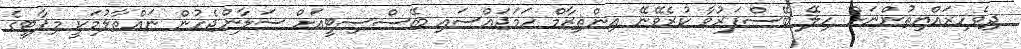
ދިވެހިރައްޔިތުންނަށް ހިލޭ ބޭސްފަރުވާ ކުރެވޭނޭ އިންތިޒާމް ހަމަޖައްސައި ބޭސްސިޓީއަށް ސަލާންޖެހުން ނައްތާލުމަކީ މިޕާޓީގެ